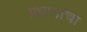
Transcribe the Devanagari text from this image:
प्रधानांचा